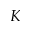
K